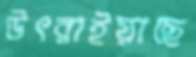
উৎরাইয়াছে